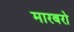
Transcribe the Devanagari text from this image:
मारबरो